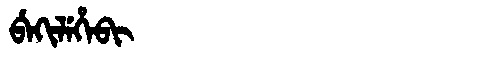
Manchu: ᠪᡝᡴᡳᠯᡝᡥᡝᠪᡳ
Romanization: BEKILEHEBI